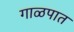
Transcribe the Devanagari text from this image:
गाळपात